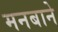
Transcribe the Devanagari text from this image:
मनबाने